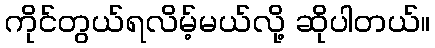
ကိုင်တွယ်ရလိမ့်မယ်လို့ ဆိုပါတယ်။